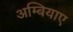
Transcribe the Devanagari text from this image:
अम्बियाए